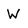
Character: W